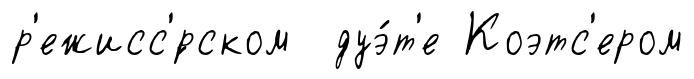
р'ежисс'́рском дуэ́т'е Коэтс'ером